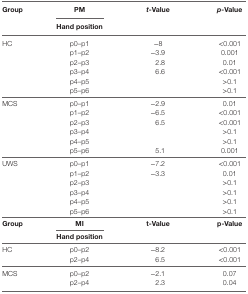
| <ROWSPAN=2> Group | PM | <ROWSPAN=2> t-Value | <ROWSPAN=2> p-Value |
 | Hand position |
 | --- | --- | --- | --- |
 | <ROWSPAN=6> HC | p0–p1 | −8 | <0.001 |
 | p1–p2 | −3.9 | 0.001 |
 | p2–p3 | 2.8 | 0.01 |
 | p3–p4 | 6.6 | <0.001 |
 | p4–p5 |  | >0.1 |
 | p5–p6 |  | >0.1 |
 | <ROWSPAN=6> MCS | p0–p1 | −2.9 | 0.01 |
 | p1–p2 | −6.5 | <0.001 |
 | p2–p3 | 6.5 | <0.001 |
 | p3–p4 |  | >0.1 |
 | p4–p5 |  | >0.1 |
 | p5–p6 | 5.1 | 0.001 |
 | <ROWSPAN=6> UWS | p0–p1 | −7.2 | <0.001 |
 | p1–p2 | −3.3 | 0.01 |
 | p2–p3 |  | >0.1 |
 | p3–p4 |  | >0.1 |
 | p4–p5 |  | >0.1 |
 | p5–p6 |  | >0.1 |
 | <ROWSPAN=2> Group | MI | <ROWSPAN=2> t-Value | <ROWSPAN=2> p-Value |
 | Hand position |
 | <ROWSPAN=2> HC | p0–p2 | −8.2 | <0.001 |
 | p2–p4 | 6.5 | <0.001 |
 | <ROWSPAN=2> MCS | p0–p2 | −2.1 | 0.07 |
 | p2–p4 | 2.3 | 0.04 |